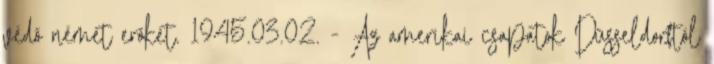
védõ német erõket. 1945.03.02. - Az amerikai csapatok Düsseldorftól